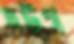
দউগ